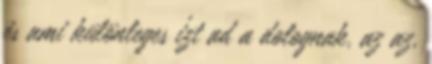
és ami különleges ízt ad a dolognak, az az,